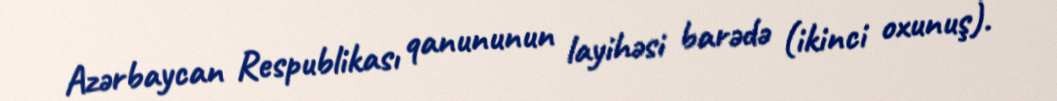
Azərbaycan Respublikası qanununun layihəsi barədə (ikinci oxunuş).